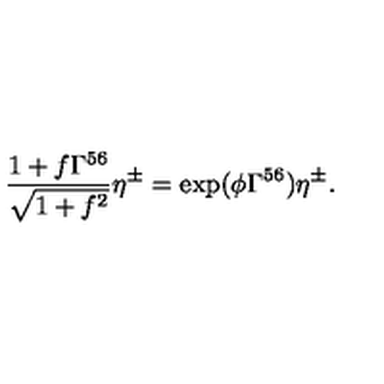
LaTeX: \frac { 1 + f \Gamma ^ { 5 6 } } { \sqrt { 1 + f ^ { 2 } } } \eta ^ { \pm } = \exp ( \phi \Gamma ^ { 5 6 } ) \eta ^ { \pm } .